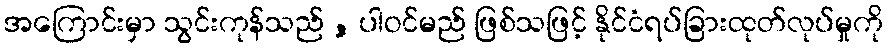
အကြောင်းမှာ သွင်းကုန်သည် , ပါဝင်မည် ဖြစ်သဖြင့် နိုင်ငံရပ်ခြားထုတ်လုပ်မှုကို